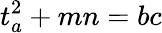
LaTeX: t_{a}^{2}+mn=bc